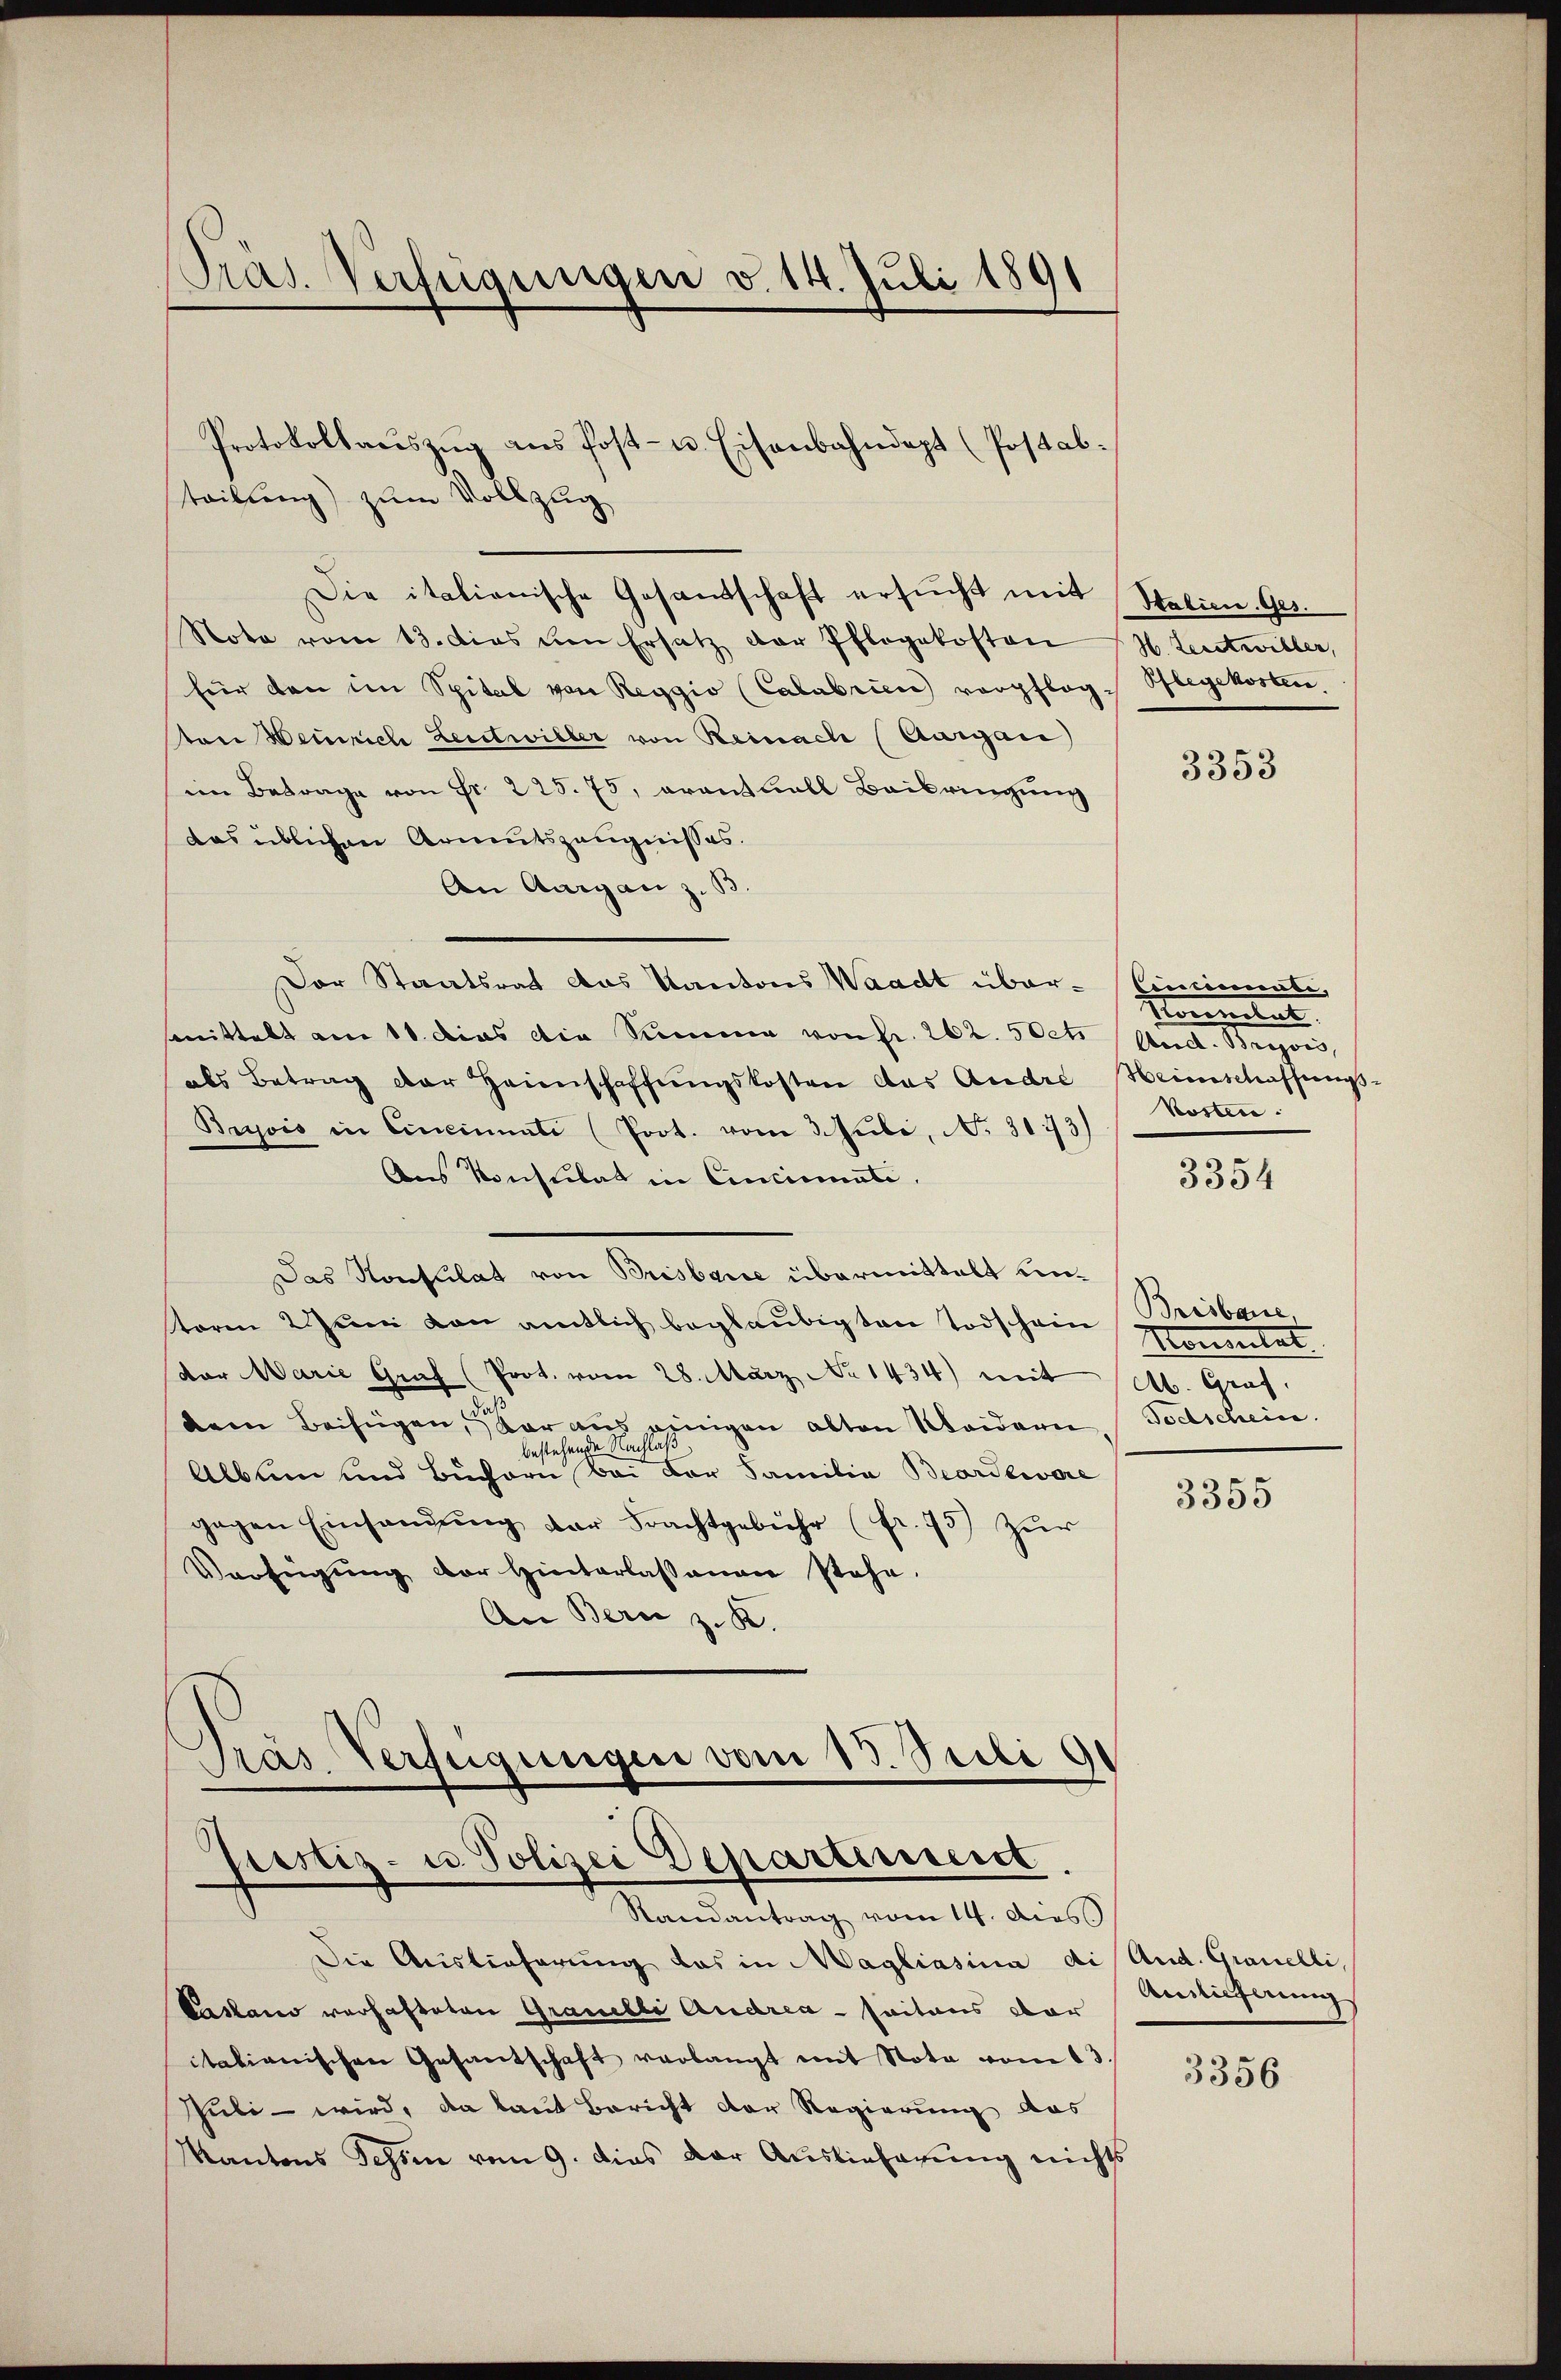
Präs. Verfügungen v. 14. Juli 1891

Protokollaŭszŭg ans Post- u. Eisenbahndapt (Postab.
tribung) zum Vollzug
Nota vom 13. dies von Ersatz der Pflegekosten H. Leitwiller,
für den im Spital von Reggio (Calabrien verpfleg-
on Weinrich Leutwiller von Reinach (Aargau)
im Betrage von Fr. 225. 75, avantuall Baibringung
das üblichen Armutszeugnisses.
An Aargau z. B.
Der Staatsrat das Kantons Waadt über- Einsinuati,
mittelt am 11. dies die Summe von fr. 262. 50ct. And. Broc
als Betrag der Heimschaffŭngskosten das Andre Heimschaffungs-
Bryvis in Cincinati (Prot. vom 3. Juli, No. 3173)
Aus Konsulat in Cincinate.
Das Konsulat von Brisbare übermittelt untoren 2 Juni von amtlich beglaubigten Todschein Himmlet.
vor Warie Graf (Prot. vom 28. März No 1434) mit
.
Dem Beifügen, Vor aus einigen alten Weidern, Todschein.
bestehende Nachlaß
Album und Buchern bei der Familia Beerdewere
gegen Einsandŭng der Frachtgebühr (fr. 75) Zŭr
Verfügung der Hinterlassenen stehe.
An Berne z. K.

Die italienische Gesandschaft ersŭcht mit Stalien. Ges.

Gras Verfügungen vom 13. Sudi 91
Justiz- u. Polizei Departiniert
Randantrag vom 14. dies

Die Auslieferung das in Magliasina dis And. Granelli,
Pasano verhafteten Grauelle Andrea - saitaus dar
itationischen Gesantschaft verlangt mit Nota vom 13.
Juli - wird, da laut Bericht der Regierung das
Kantons Tessin vom 9. dies der Auslieferung nichts

Pflegekostere

3353

Immitat
Kosten.

3354

Brisbare,
Ab. Graf.

3355

Auslieferung

3356